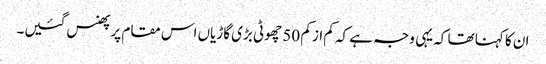
ان کا کہنا تھا کہ یہی وجہ ہے کہ کم از کم 50 چھوٹی بڑی گاڑیاں اس مقام پر پھنس گئیں۔